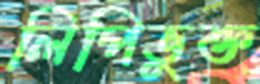
লিপিভুক্ত